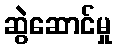
ဆွဲဆောင်မှု